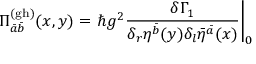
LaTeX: \Pi _ { \bar { a } \bar { b } } ^ { ( \mathrm { g h ) } } ( x , y ) = \left. \hbar g ^ { 2 } \frac { \delta \Gamma _ { 1 } } { \delta _ { r } \eta ^ { \bar { b } } ( y ) \delta _ { l } \bar { \eta } ^ { \bar { a } } ( x ) } \right| _ { 0 }